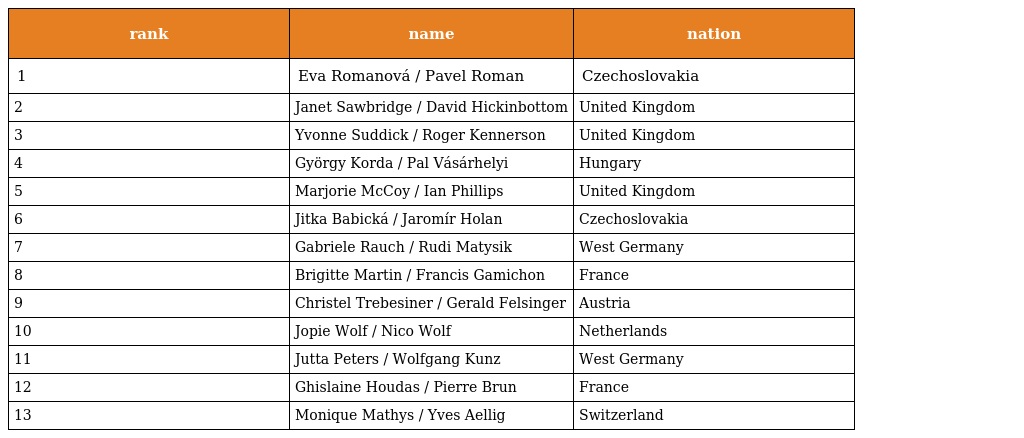
| rank | name | nation |
 | --- | --- | --- |
 | 1 | Eva Romanová / Pavel Roman | Czechoslovakia |
 | 2 | Janet Sawbridge / David Hickinbottom | United Kingdom |
 | 3 | Yvonne Suddick / Roger Kennerson | United Kingdom |
 | 4 | György Korda / Pal Vásárhelyi | Hungary |
 | 5 | Marjorie McCoy / Ian Phillips | United Kingdom |
 | 6 | Jitka Babická / Jaromír Holan | Czechoslovakia |
 | 7 | Gabriele Rauch / Rudi Matysik | West Germany |
 | 8 | Brigitte Martin / Francis Gamichon | France |
 | 9 | Christel Trebesiner / Gerald Felsinger | Austria |
 | 10 | Jopie Wolf / Nico Wolf | Netherlands |
 | 11 | Jutta Peters / Wolfgang Kunz | West Germany |
 | 12 | Ghislaine Houdas / Pierre Brun | France |
 | 13 | Monique Mathys / Yves Aellig | Switzerland |